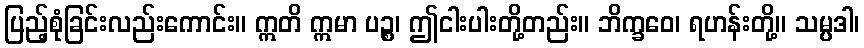
ပြည့်စုံခြင်းလည်းကောင်း။ ဣတိ ဣမာ ပဉ္စ၊ ဤငါးပါးတို့တည်း။ ဘိက္ခဝေ၊ ရဟန်းတို့။ သမ္ပဒါ၊